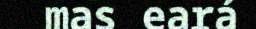
mas eará